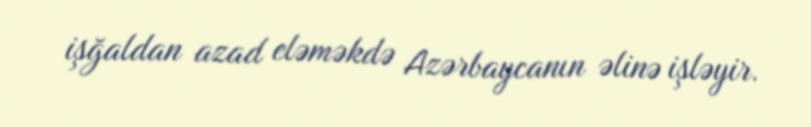
işğaldan azad eləməkdə Azərbaycanın əlinə işləyir.